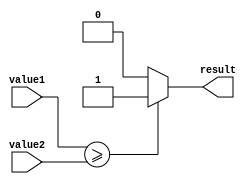
module greater_than_or_equal_comparator (
    input [7:0] value1,
    input [7:0] value2,
    output reg result
);

always @(*) begin
    if (value1 >= value2) begin
        result = 1;
    end else begin
        result = 0;
    end
end

endmodule